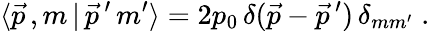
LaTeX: \langle\, \! \vec{p}\, ,m\, |\, \vec{p}\, ^{\prime}\, m^{\prime}\, \! \rangle=2p_{0}\, \delta(\vec{p}-\vec{p}\, ^{\prime})\, \delta_{mm^{\prime}}\; .